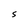
Character: S